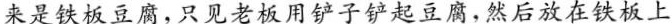
来是铁板豆腐，只见老板用铲子铲起豆腐，然后放在铁板上